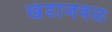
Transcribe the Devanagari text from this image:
खंडाजवळ